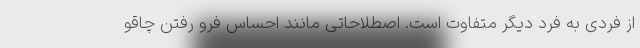
از فردی به فرد دیگر متفاوت است. اصطلاحاتی مانند احساس فرو رفتن چاقو